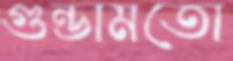
গুন্ডামতো